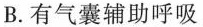
B.有气囊辅助呼吸